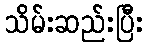
သိမ်းဆည်းပြီး